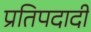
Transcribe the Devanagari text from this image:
प्रतिपदादी